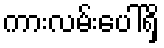
ကားလမ်းပေါ်ရှိ